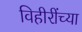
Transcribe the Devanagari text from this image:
विहीरींच्या